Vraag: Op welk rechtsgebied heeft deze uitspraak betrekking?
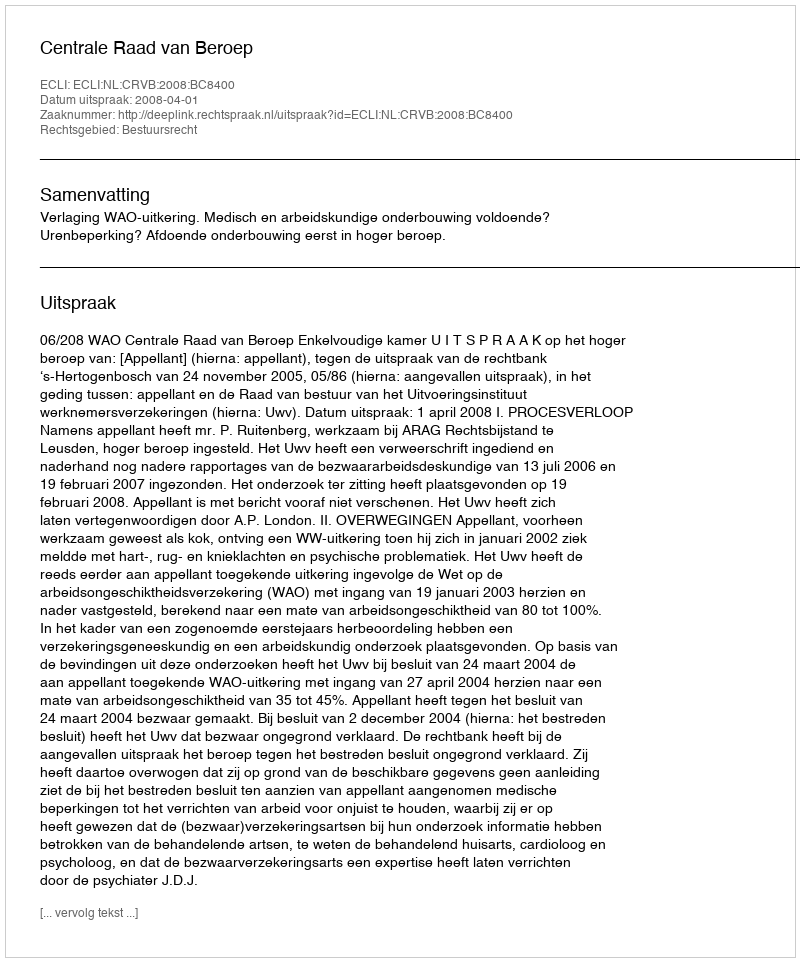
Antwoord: Bestuursrecht